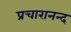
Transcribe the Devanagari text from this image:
प्रचारानन्द